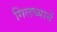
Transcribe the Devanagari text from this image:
गिलच्यानें